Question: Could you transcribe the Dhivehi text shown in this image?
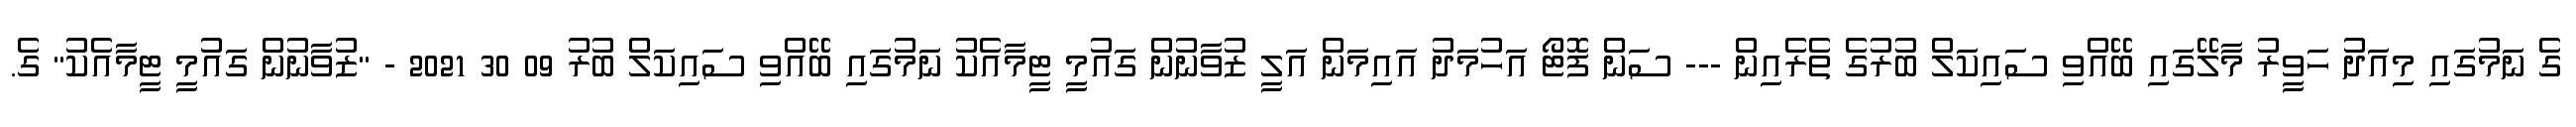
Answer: ގެ ނަމުގައި މިއަދު ހަވީރު މާލޭގައި ބޭއްވި ސައިކަލް ބުރުގެ ތެރެއިން --- ސަން ފޮޓޯ އަހުމަދު އައިމަން އަލީ ޒުވާނުން ގައުމީ ޓީމާއެކު ނަމުގައި ބޭއްވި ސައިކަލް ބުރު 09 30 2021 - "ޒުވާނުން ގައުމީ ޓީމާއެކު" ގެ.